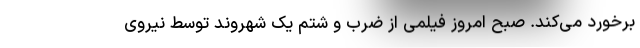
برخورد می‌کند. صبح امروز فیلمی از ضرب و شتم یک شهروند توسط نیروی